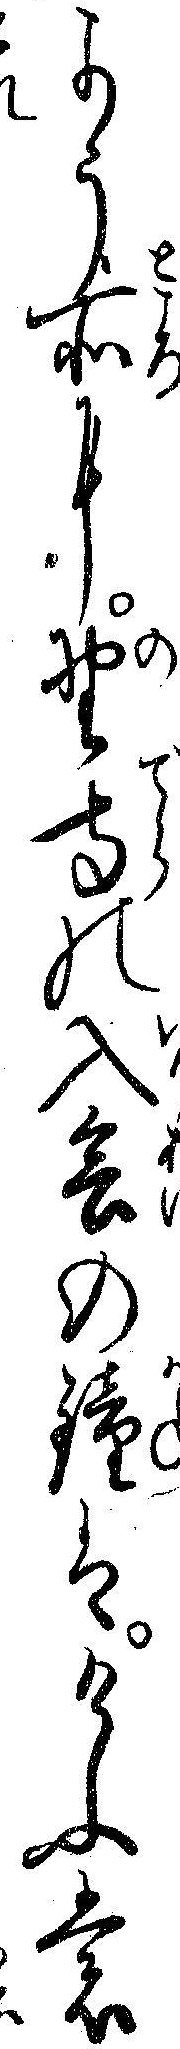
よう所に野寺の入会の鐘はけふも